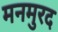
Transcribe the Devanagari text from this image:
मनमुरद